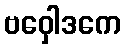
ဗဝှေါဒကေ